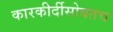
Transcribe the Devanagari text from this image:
कारकीर्दीसोबतच